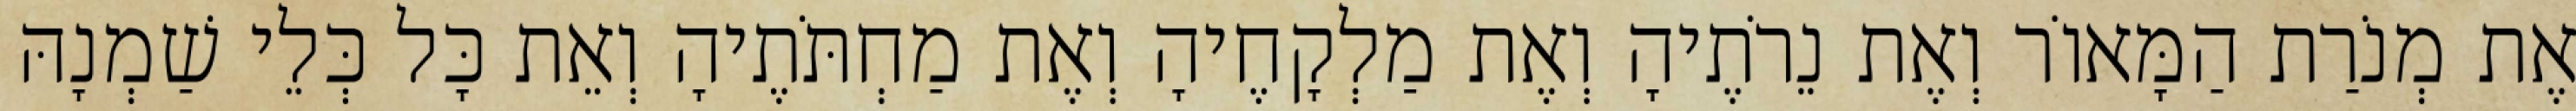
אֶת מְנֹרַת הַמָּאוֹר וְאֶת נֵרֹתֶיהָ וְאֶת מַלְקָחֶיהָ וְאֶת מַחְתֹּתֶיהָ וְאֵת כָּל כְּלֵי שַׁמְנָהּ